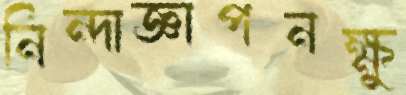
নিন্দাজ্ঞাপনক্ষু